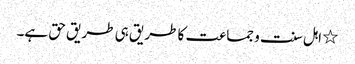
٭ اہل سنت و جماعت کا طریق ہی طریق حق ہے۔